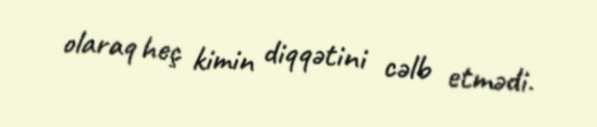
olaraq heç kimin diqqətini cəlb etmədi.